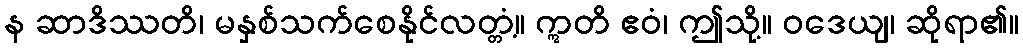
န ဆာဒိဿတိ၊ မနှစ်သက်စေနိုင်လတ္တံ့။ ဣတိ ဧဝံ၊ ဤသို့။ ဝဒေယျ၊ ဆိုရာ၏။